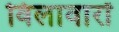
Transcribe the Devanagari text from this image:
विलावारों